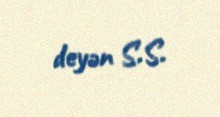
deyən S.S.